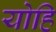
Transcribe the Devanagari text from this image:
योहि